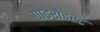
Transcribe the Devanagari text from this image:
पाइरोडस्ट